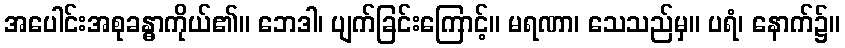
အပေါင်းအစုခန္ဓာကိုယ်၏။ ဘေဒါ၊ ပျက်ခြင်းကြောင့်။ မရဏာ၊ သေသည်မှ။ ပရံ၊ နောက်၌။